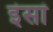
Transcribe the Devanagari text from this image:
इंसां